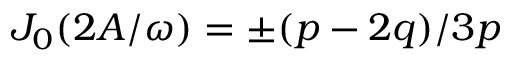
J _ { 0 } ( 2 A / \omega ) = \pm ( p - 2 q ) / 3 p